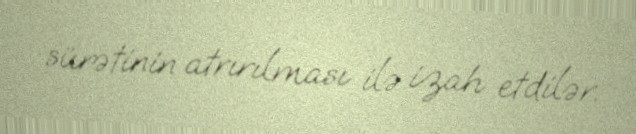
sürətinin atrırılması ilə izah etdilər.